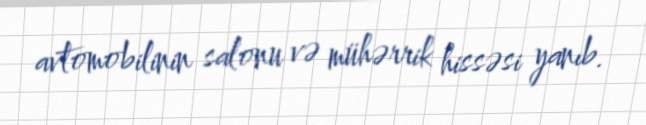
avtomobilinin salonu və mühərrik hissəsi yanıb.